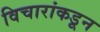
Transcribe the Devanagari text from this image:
विचारांकडून